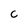
Character: C